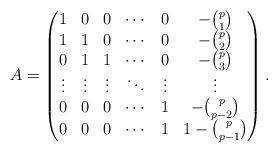
LaTeX: \begin{align*}A=\begin{pmatrix}1 & 0 & 0 & \cdots & 0 & -{\binom{p}{1}} \\1 & 1 & 0 & \cdots & 0 & -{\binom{p}{2}} \\0 & 1 & 1 & \cdots & 0 & -{\binom{p}{3}} \\\vdots & \vdots & \vdots & \ddots & \vdots & \vdots \\0 & 0 & 0 & \cdots & 1 & -{\binom{p}{p-2}} \\0 & 0 & 0 & \cdots & 1 & 1-{\binom{p}{p-1}}\end{pmatrix}.\end{align*}